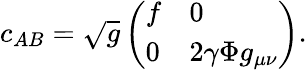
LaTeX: c_{AB}=\sqrt{g}\left(\begin{array}{ll}{{f}}&{{0}}\\ {{0}}&{{2\gamma\Phi g_{\mu\nu}}}\end{array}\right).